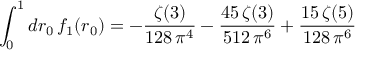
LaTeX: \int _ { 0 } ^ { 1 } d r _ { 0 } \, f _ { 1 } ( r _ { 0 } ) = - \frac { \zeta ( 3 ) } { 1 2 8 \, \pi ^ { 4 } } - \frac { 4 5 \, \zeta ( 3 ) } { 5 1 2 \, \pi ^ { 6 } } + \frac { 1 5 \, \zeta ( 5 ) } { 1 2 8 \, \pi ^ { 6 } }